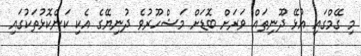
މި ގޭމްގައި އުޅޭ ދޫނިތައް ވަރަށް ބޮޑަށް މަޝްހޫރުވެ ދުނިޔޭގެ އެކި ކަންކޮޅުތަކުގައި